Plague in India, 1896, 1897 - Volume 3
Year: 1896
Disease focus: Plague
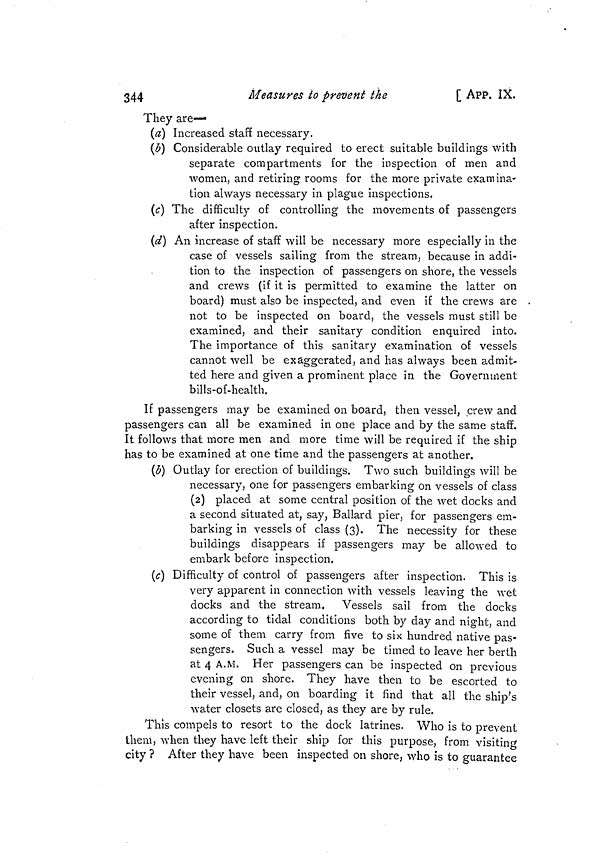
344
Measures to prevent the
[ APP. IX.
They are—
(a) Increased staff necessary.
(b) Considerable outlay required to erect suitable buildings with
separate compartments for the inspection of men and
women, and retiring rooms for the more private examina-
tion always necessary in plague inspections.
(c) The difficulty of controlling the movements of passengers
after inspection.
(d) An increase of staff will be necessary more especially in the
case of vessels sailing from the stream, because in addi-
tion to the inspection of passengers on shore, the vessels
and crews (if it is permitted to examine the latter on
board) must also be inspected, and even if the crews are
not to be inspected on board, the vessels must still be
examined, and their sanitary condition enquired into.
The importance of this sanitary examination of vessels
cannot well be exaggerated, and has always been admit-
ted here and given a prominent place in the Government
bills-of-health.
If passengers may be examined on board, then vessel, crew and
passengers can all be examined in one place and by the same staff.
It follows that more men and more time will be required if the ship
has to be examined at one time and the passengers at another.
(b) Outlay for erection of buildings. Two such buildings will be
necessary, one for passengers embarking on vessels of class
(2) placed at some central position of the wet docks and
a second situated at, say, Ballard pier, for passengers em-
barking in vessels of class (3). The necessity for these
buildings disappears if passengers may be allowed to
embark before inspection.
(c) Difficulty of control of passengers after inspection. This is
very apparent in connection with vessels leaving the wet
docks and the stream. Vessels sail from the docks
according to tidal conditions both by day and night, and
some of them carry from five to six hundred native pas-
sengers. Such a vessel may be timed to leave her berth
at 4 A.M. Her passengers can be inspected on previous
evening on shore. They have then to be escorted to
their vessel, and, on boarding it find that all the ship's
water closets are closed, as they are by rule.
This compels to resort to the dock latrines. Who is to prevent
them, when they have left their ship for this purpose, from visiting
city ? After they have been inspected on shore, who is to guarantee